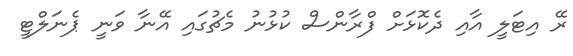
ރޭ އިޓަލީ އާއި ދެކޮޅަށް ފްރާންސް ކުޅުނު މެޗުގައި އޭނާ ވަނީ ޕެނަލްޓީ